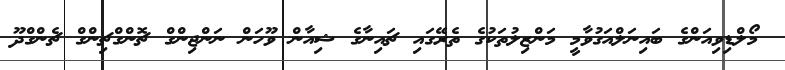
މޯލްޑިވިއަންގެ ބައިނަލްއަގުވާމީ މަންޒިލުތަކުގެ ތެރޭގައި ޗައިނާގެ ޝިއާން ވޫހަން ނަންޖިންގް ޗޮންގްޗިންގް ޗެންގްދޫ